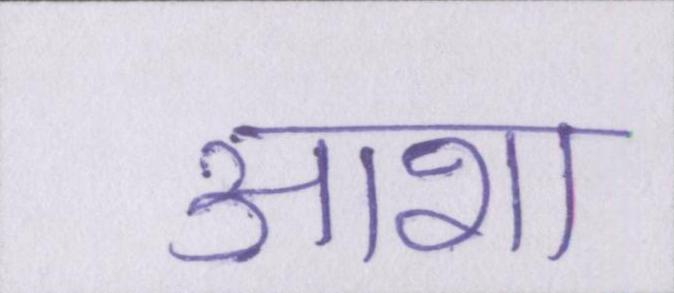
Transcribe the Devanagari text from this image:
आशा